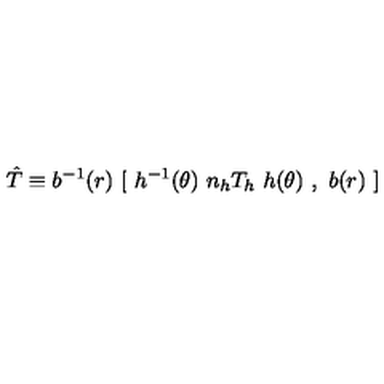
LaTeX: \hat { T } \equiv b ^ { - 1 } ( r ) \ { \mathrm { \bf [ } \ h ^ { - 1 } ( \theta ) \ n _ { h } T _ { h } \ h ( \theta ) \ , \ b ( r ) \ \mathrm { \bf ] } }